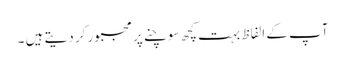
آپ کے الفاظ بہت کچھ سوچنے پر مجبور کر دیتے ہیں ۔